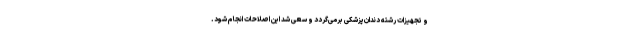
و تجهیزات رشته دندان‌پزشکی برمی‌گردد و سعی شد این اصلاحات انجام شود.